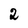
Character: 2